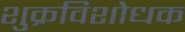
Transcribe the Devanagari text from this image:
शुक्रविशोधक